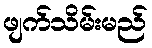
ဖျက်သိမ်းမည်